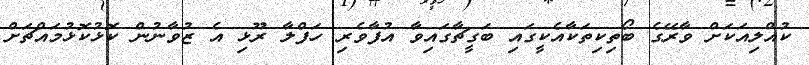
ކުއްލިއަކަށް ވާރޭގެ ބޯތިކިތަކާއެކީގައި ބަގީޗާގައިވާ އުފާވެރި ހަފްލާ ރޫޅި އެ ޒުވާނުން ކޮޅުކޮޅުމައްޗަށް